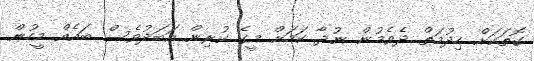
ގޮތަކަށް ހިދުމަތް ދެވެމުން ނުދާ ކަމަށް މީގެ ކުރިން އަބަދުވެސް ބައެއް މީހުން